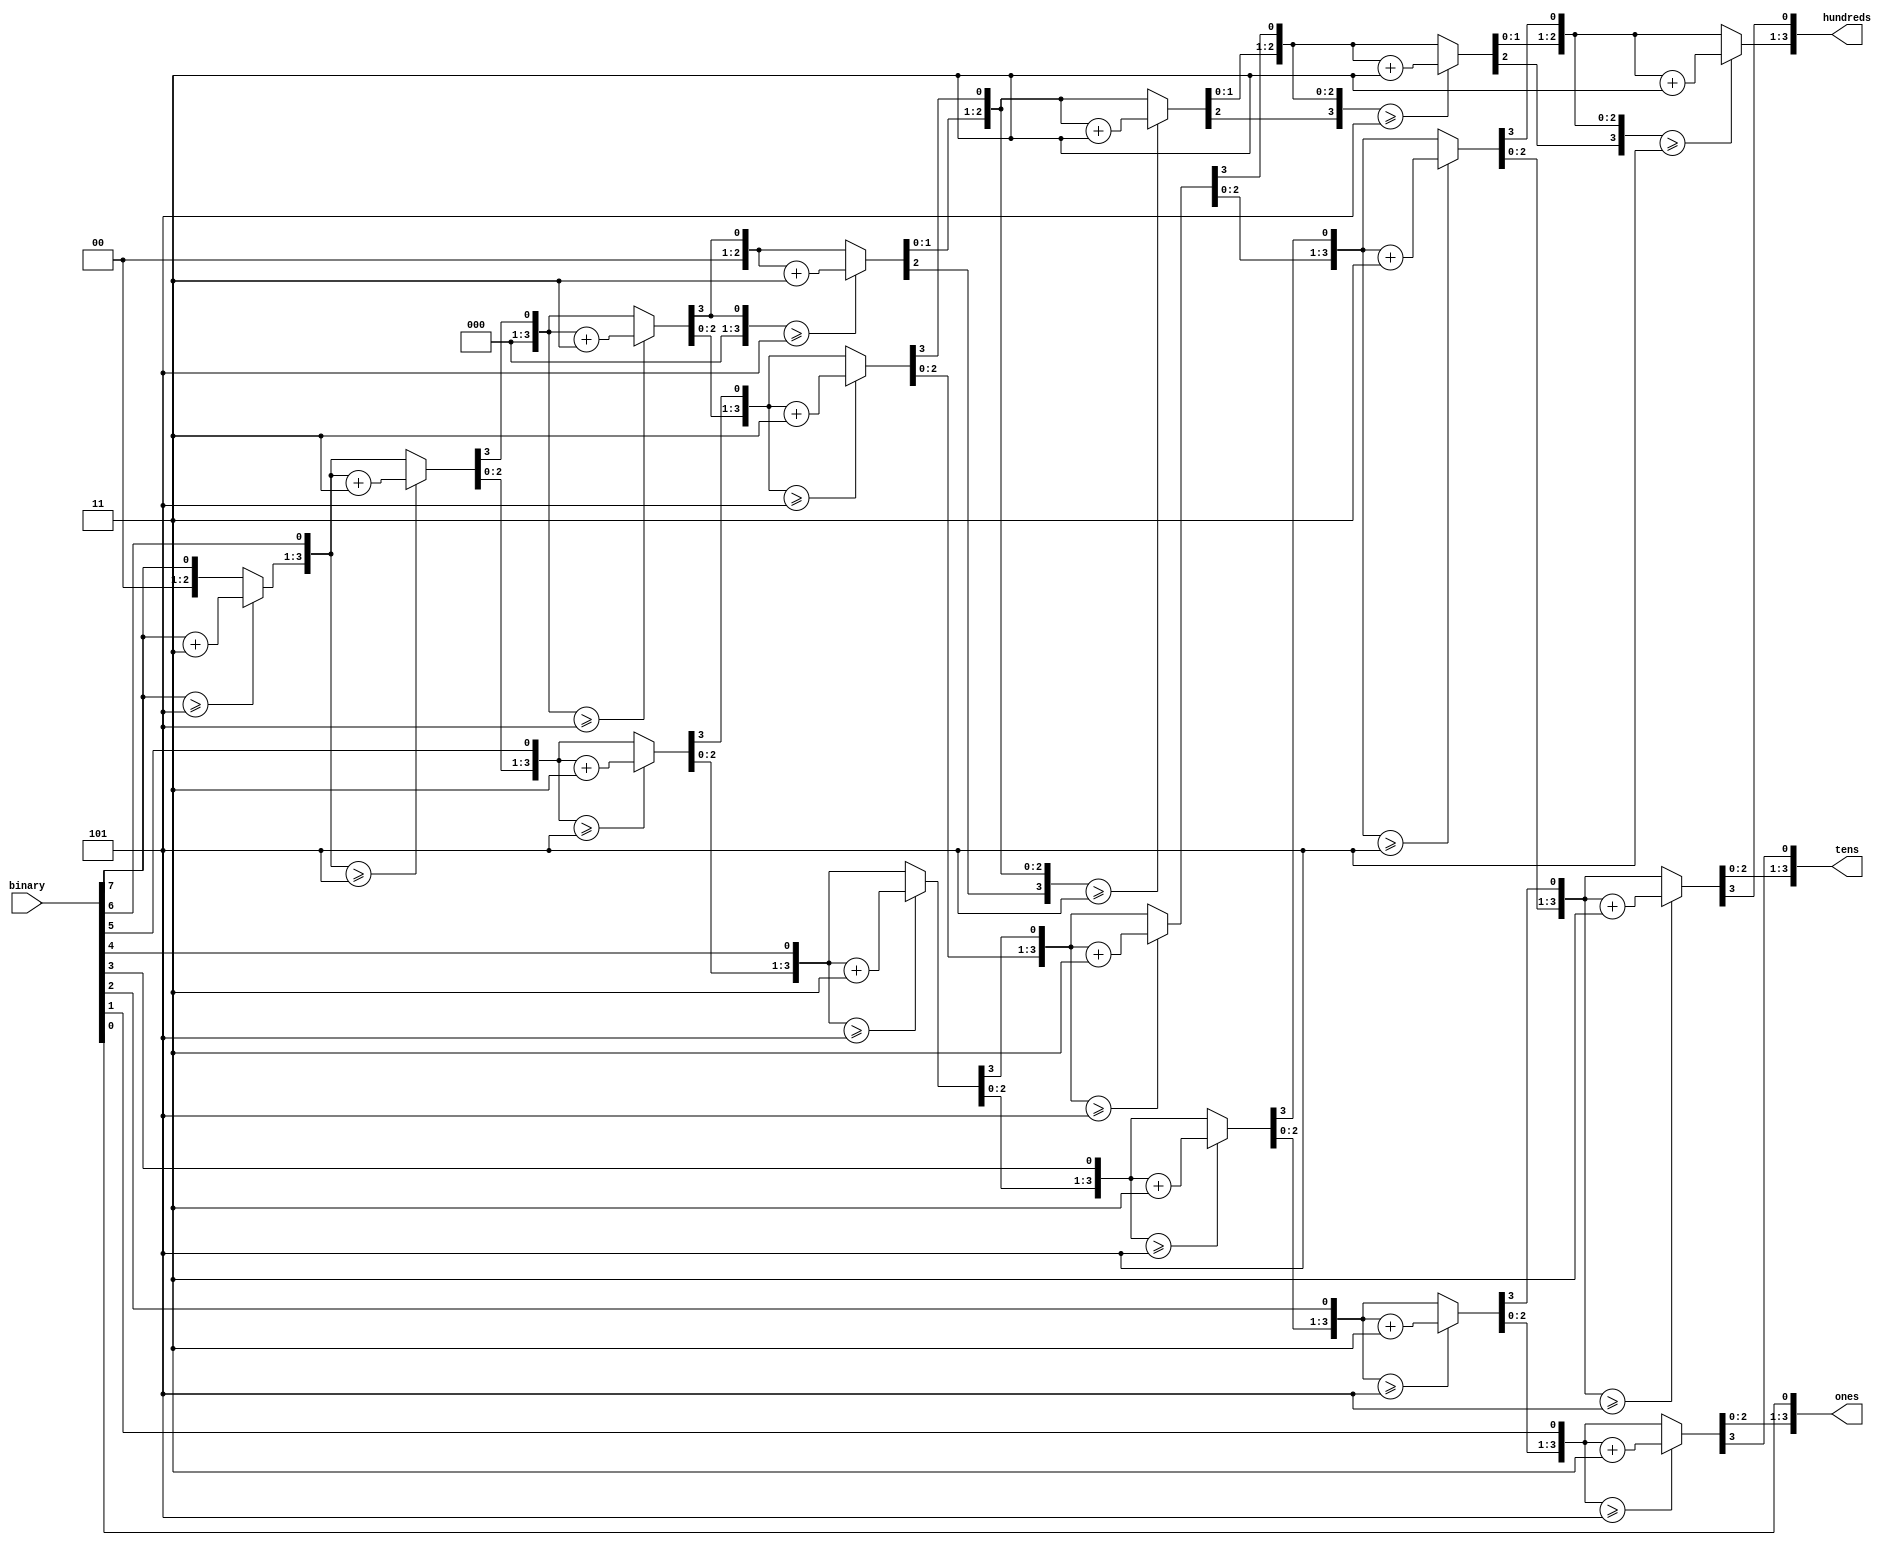
module bin_dec_8bits(binary,ones,tens,hundreds);
input	[7:0]	binary;
output	reg	[3:0]	hundreds;
output	reg	[3:0]	tens;
output	reg	[3:0]	ones;

integer	i;
always	@(binary)	begin
	hundreds=4'd0;
	tens=4'd0;
	ones=4'd0;
	
	for(i=7;i>=0;i=i-1)	begin
		if	(hundreds>=5)
			hundreds=hundreds+3;
		if	(tens>=5)
			tens=tens+3;
		if	(ones>=5)
			ones=ones+3;
			
		hundreds=hundreds<<1;
		hundreds[0]=tens[3];
		tens=tens<<1;
		tens[0]=ones[3];
		ones=ones<<1;
		ones[0]=binary[i];
	end
end

endmodule